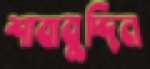
শাবাবুদ্দিন